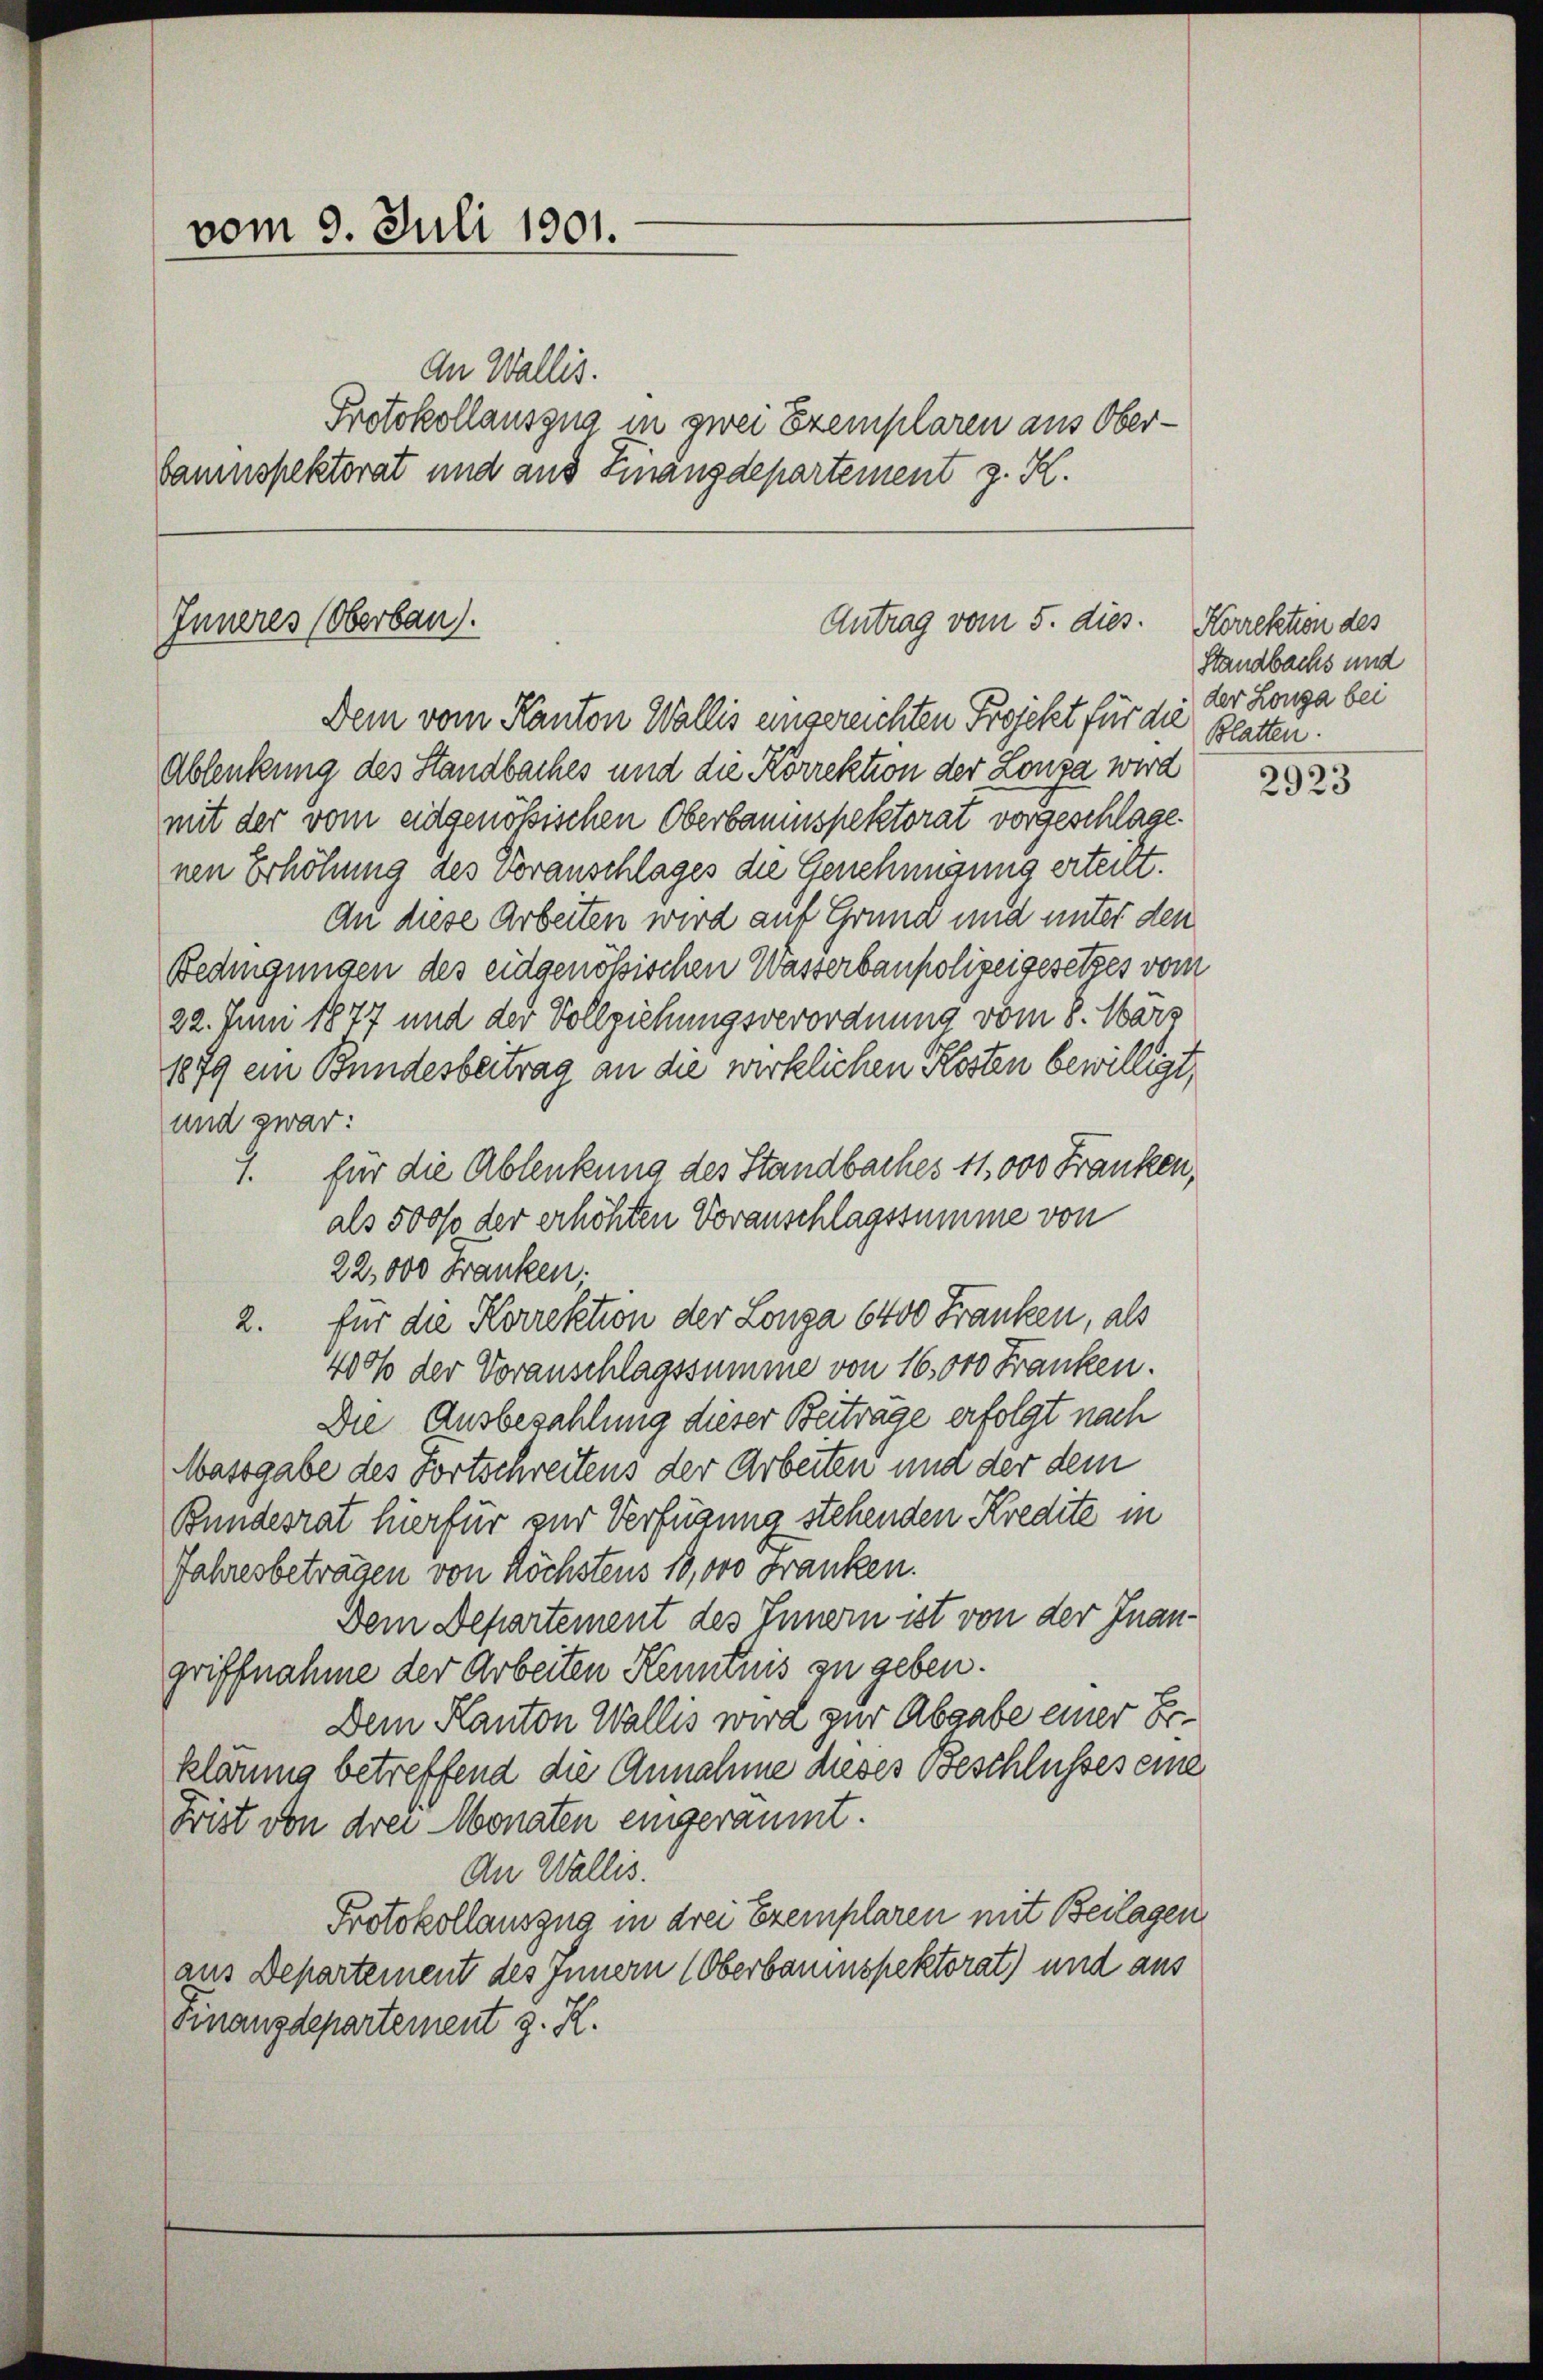
vom 9. Juli 1901.

Inneres (Oberbau.

An Wallis.
Protokollauszug in zwei Exemplaren aus Ober-
bauinspektorat und aus Finanzdepartement z. K.

Antrag vom 5. dies. Korrektion des

Dem vom Kanton Wallis eingereichten Projekt für die
Ablenkung des Standbaches und die Korrektion der Lonza wird
mit der vom eidgenössischen Oberbaumspektorat vorgeschlage.
nen Erhöhung des Voranschlages die Genehmigung erteilt.
An diese Arbeiten wird auf Grund und unter den
Bedingungen des eidgenößischen Wasserbaupolizeigesetzes vom
22. Juni 1877 und der Vollziehungsverordnung vom 8. März
1879 ein Bundesbeitrag an die wirklichen Kosten bewilligt,
und zwar:
1. für die Ablenkung des Standbaches 11 000 Franken,
als 500% der erhöhten Voranschlagssumme von
22,000 Franken.
2. für die Korrektion der Longa 6400 Franken, als
4000 der Voranschlagssumme von 16,000 Franken.
Die Ausbezahlung dieser Beiträge erfolgt nach
Massgabe des Fortschreitens der Arbeiten und der dem
Bundesrat hierfür zur Verfügung stehenden Kredite in
Jahresbeträgen von Höchstens 10,000 Franken.
Dem Departement des Innern ist von der Inangriffnahme der Arbeiten Kenntnis zu geben.
Dem Kanton Wallis wird zur Abgabe einer Er
klärung betreffend die Annahme dieses Beschlusses eine
Frist von drei Monaten eingeräumt.
An Wallis.
Protokollauszug in drei Exemplaren mit Beilagen
aus Departement des Innern (Oberbauinspektorat) und aus
Finanzdepartement z. K.

Standbachs und
der Longa bei
Blatten.

2923